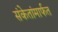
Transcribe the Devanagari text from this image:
संकेतांमार्फत